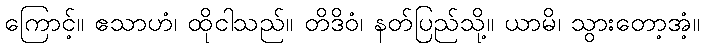
ကြောင့်။ ဧသာဟံ၊ ထိုငါသည်။ တိဒိဝံ၊ နတ်ပြည်သို့။ ယာမိ၊ သွားတော့အံ့။